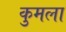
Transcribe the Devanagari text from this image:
कुमला